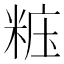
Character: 𥺁